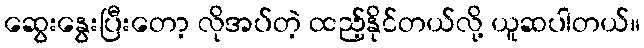
ဆွေးနွေးပြီးတော့ လိုအပ်တဲ့ ထည့်နိုင်တယ်လို့ ယူဆပါတယ်။